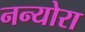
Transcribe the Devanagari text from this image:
नन्योरा